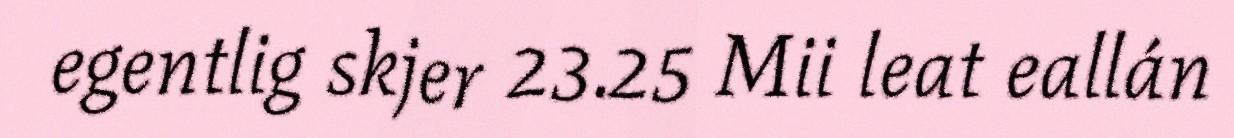
egentlig skjer 23.25 Mii leat eallán